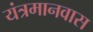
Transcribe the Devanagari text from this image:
यंत्रमानवास